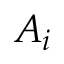
A _ { i }